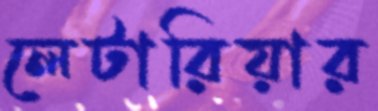
লেটারিয়ার